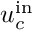
u _ { c } ^ { \mathrm { i n } }